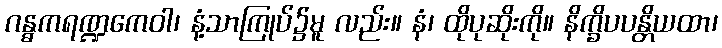
ဂန္ဓကရဏ္ဍကေဝါ၊ နံ့သာကြုပ်၌မူ လည်း။ နံ၊ ထိုပုဆိုးကို။ နိက္ခိပပန္တိယထာ၊